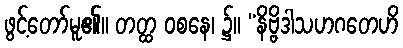
ဖွင့်တော်မူ၏။ တတ္ထ ဝစနေ၊ ၌။ “နိဗ္ဗိဒါသဟဂတေဟိ